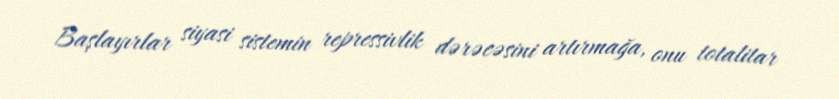
Başlayırlar siyasi sistemin repressivlik dərəcəsini artırmağa, onu totalitar